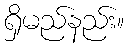
ရှိမည်နည်း။